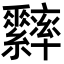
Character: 𦈁